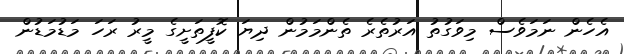
އެހެން ނަމަވެސް މިވަގުތު އަރުތެރެ ތެންމަމުން ދިޔަ ކޮފީތަށީގެ މީރު ރަހަ މަޑުމަޑުން